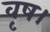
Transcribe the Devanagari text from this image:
वृष।